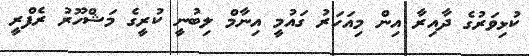
ކުޅިވަރުގެ ދާއިރާ އިން މިއަހަރު ގައުމީ އިނާމް ލިބުނީ ކުރީގެ މަޝްހޫރު ރެފްރީ